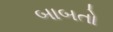
બાબતો